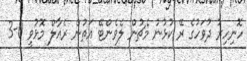
ހޮނިހިރު ދުވަހުގެ ރޭ ކުޅުނު މެޗުން ލެވެންޓޭ އަތުން ރެއާލް މޮޅުވީ 0-3